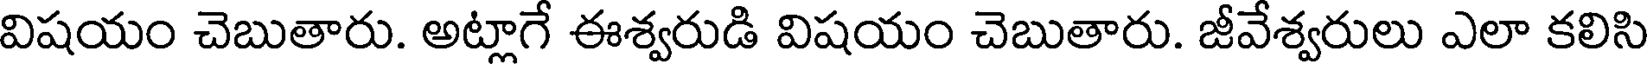
విషయం చెబుతారు. అట్లాగే ఈశ్వరుడి విషయం చెబుతారు. జీవేశ్వరులు ఎలా కలిసి